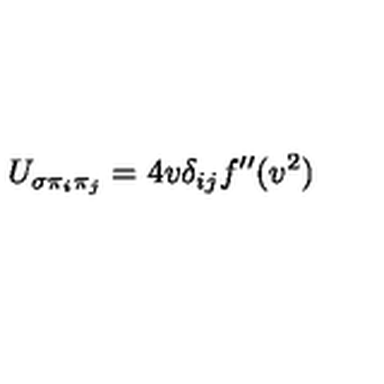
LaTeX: U _ { \sigma \pi _ { i } \pi _ { j } } = 4 v \delta _ { i j } f ^ { \prime \prime } ( v ^ { 2 } )